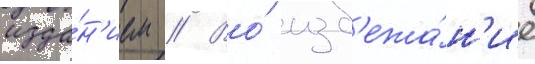
изда́н'ием // Во́ изб'ежа́н'ие